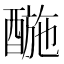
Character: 𨡪